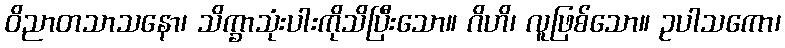
ဝိညာတသာသနော၊ သိက္ခာသုံးပါးကိုသိပြီးသော။ ဂိဟိ၊ လူဖြစ်သော။ ဥပါသကော၊